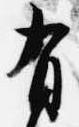
有